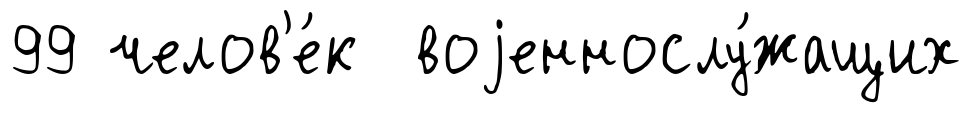
99 челов'е́к воjеннослу́жащих